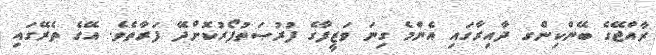
ރާއްޖޭގެ ބޭންކިންގ ދާއިރާގައި އެންމެ ގިނަ ވަޒީފާގެ ފުރުޞަތުފޯރުކޮށްދޭ ފަރާތެވެ. އޭގެ ތެރޭގައި